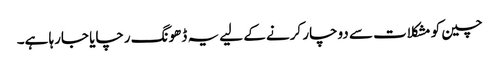
چین کو مشکلات سے دوچار کرنے کے لیے یہ ڈھونگ رچایا جارہا ہے۔